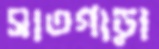
সাতগাড়া